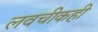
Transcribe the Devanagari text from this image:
लवचीकही